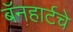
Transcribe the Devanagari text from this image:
बॅनहार्टचे